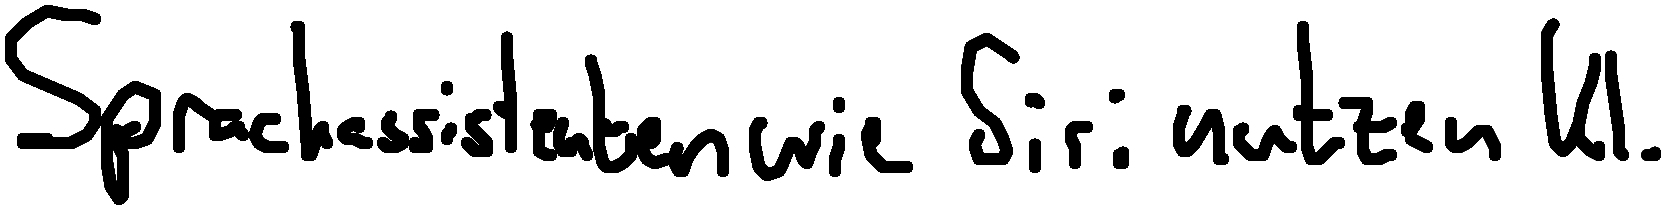
Sprachassistenten wie Siri nutzen KI.